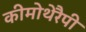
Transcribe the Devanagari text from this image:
कीमोथेरैपी